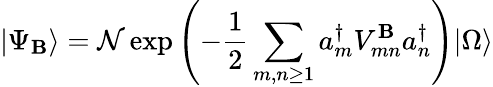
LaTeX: |\Psi_{\mathbf{B}}\rangle=\mathcal{{N}}\exp\left(-{\frac{{1}}{{2}}}\sum_{m,n\geq1}a_{m}^{\dagger}V_{mn}^{\mathbf{B}}a_{n}^{\dagger}\right)|\Omega\rangle